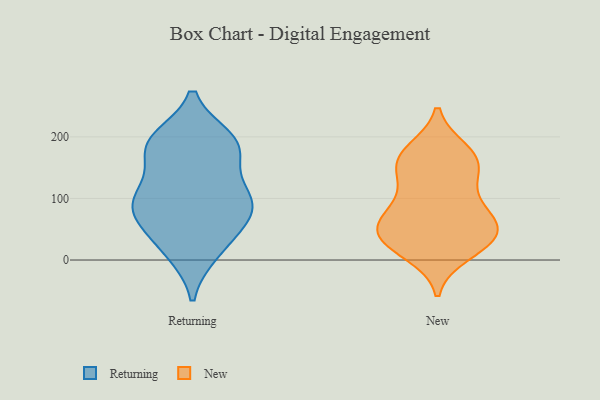
{"axis": {"x": "Gross Profit (USD K)", "y": "Value"}, "legend": ["New", "Returning"], "data": [{"x": "", "y": 97, "type": "Returning"}, {"x": "", "y": 99, "type": "Returning"}, {"x": "", "y": 83, "type": "Returning"}, {"x": "", "y": 197, "type": "Returning"}, {"x": "", "y": 60, "type": "Returning"}, {"x": "", "y": 193, "type": "Returning"}, {"x": "", "y": 188, "type": "Returning"}, {"x": "", "y": 177, "type": "Returning"}, {"x": "", "y": 167, "type": "Returning"}, {"x": "", "y": 11, "type": "Returning"}, {"x": "", "y": 11, "type": "Returning"}, {"x": "", "y": 117, "type": "Returning"}, {"x": "", "y": 107, "type": "Returning"}, {"x": "", "y": 91, "type": "Returning"}, {"x": "", "y": 64, "type": "Returning"}, {"x": "", "y": 45, "type": "Returning"}, {"x": "", "y": 193, "type": "Returning"}, {"x": "", "y": 149, "type": "New"}, {"x": "", "y": 132, "type": "New"}, {"x": "", "y": 55, "type": "New"}, {"x": "", "y": 97, "type": "New"}, {"x": "", "y": 38, "type": "New"}, {"x": "", "y": 91, "type": "New"}, {"x": "", "y": 42, "type": "New"}, {"x": "", "y": 173, "type": "New"}, {"x": "", "y": 50, "type": "New"}, {"x": "", "y": 22, "type": "New"}, {"x": "", "y": 57, "type": "New"}, {"x": "", "y": 29, "type": "New"}, {"x": "", "y": 71, "type": "New"}, {"x": "", "y": 159, "type": "New"}, {"x": "", "y": 11, "type": "New"}, {"x": "", "y": 162, "type": "New"}, {"x": "", "y": 177, "type": "New"}]}